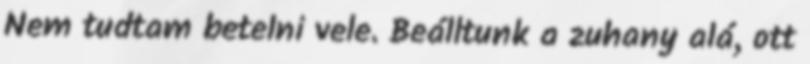
Nem tudtam betelni vele. Beálltunk a zuhany alá, ott